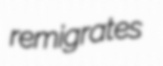
remigrates